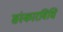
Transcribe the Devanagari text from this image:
संस्कारविधि